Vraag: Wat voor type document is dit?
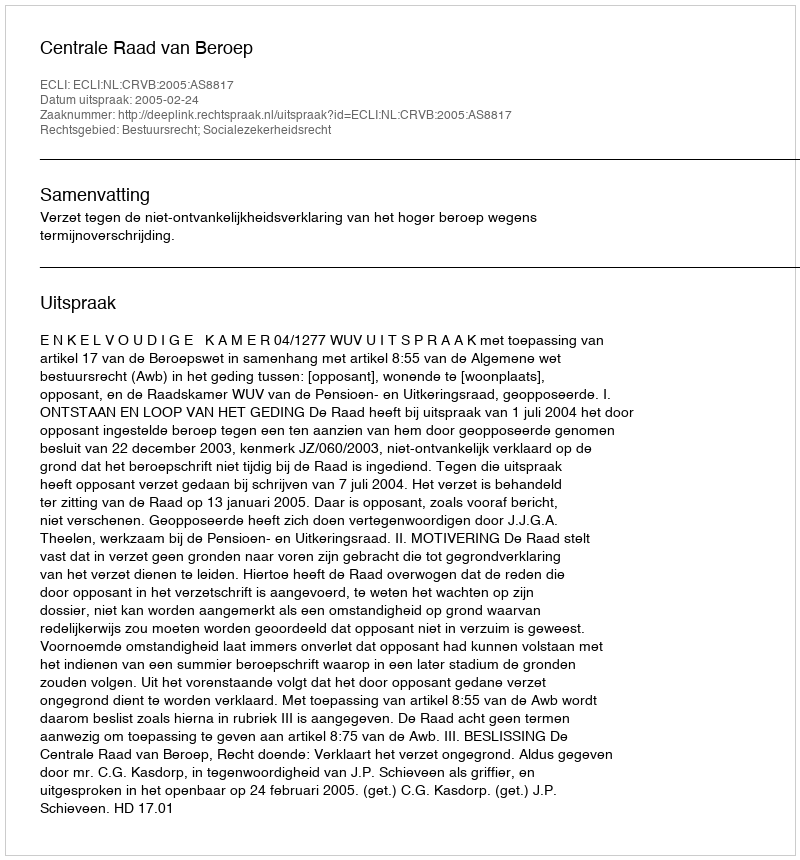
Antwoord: Uitspraak